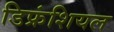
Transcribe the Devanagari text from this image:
डिफ्रंशियल